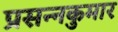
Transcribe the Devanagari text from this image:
प्रसन्‍नकुमार